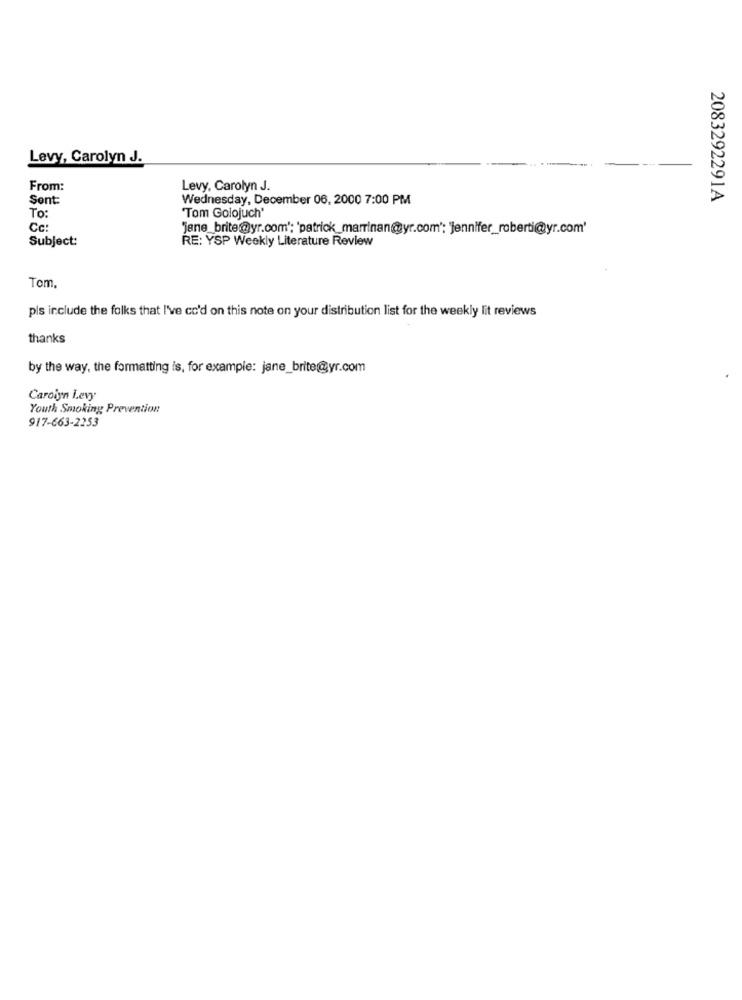
Levy, Carolyn J.
From:
Levy, Carolyn J.
Sont:
Wednesday, December 06, 2000 7:00 PM
2083292291A
"Tom Golojuch'
To:
Cc:
"jene_brite@yr.com'; 'patrick_marrinan@yr.com'; 'jennifer_roberti@yr.com'
Subject:
RE: YSP Weekly Literature Review
Tom,
pls include the folks that I've cc'd on this note on your distribution list for the weekly lit reviews
thanks
by the way, the formatting is, for example: jane_brite@yr.com
Caroiyn Levy
Youth Smoking Prevention
917-663-2253